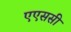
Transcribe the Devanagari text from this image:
एएससी